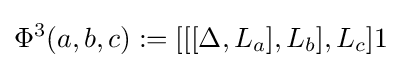
\Phi ^{3}(a,b,c):=[[[\Delta ,L_{a}],L_{b}],L_{c}]1